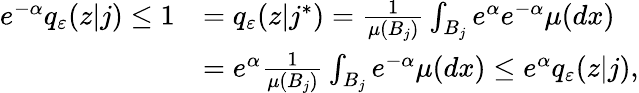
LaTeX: \begin{array}{rl}{e^{-\alpha}q_{\varepsilon}(z|j)\le 1}&{=q_{\varepsilon}(z|j^{*})=\frac{1}{\mu(B_{j})}\int_{B_{j}}e^{\alpha}e^{-\alpha}\mu(dx)}\\ &{=e^{\alpha}\frac{1}{\mu(B_{j})}\int_{B_{j}}e^{-\alpha}\mu(dx)\le e^{\alpha}q_{\varepsilon}(z|j),}\end{array}